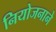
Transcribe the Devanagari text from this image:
नियोजनाने